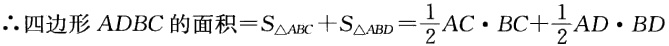
\(\therefore 四边形ADBC的面积=S_{\triangle ABC}+S_{\triangle ABD}=\frac{1}{2}AC\cdot BC + \frac{1}{2}AD\cdot BD\)